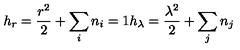
h _ { r } = \frac { r ^ { 2 } } { 2 } + \sum _ { i } n _ { i } = 1 h _ { \lambda } = \frac { \lambda ^ { 2 } } { 2 } + \sum _ { j } n _ { j }